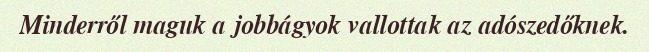
Minderről maguk a jobbágyok vallottak az adószedőknek.